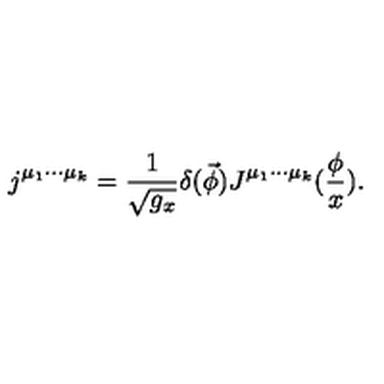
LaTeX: j ^ { \mu _ { 1 } \cdot \cdot \cdot \mu _ { k } } = \frac 1 { \sqrt { g _ { x } } } \delta ( \vec { \phi } ) J ^ { \mu _ { 1 } \cdot \cdot \cdot \mu _ { k } } ( \frac \phi x ) .